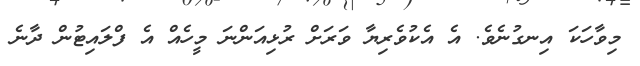
މިވާހަކަ އިނގުނެވެ. އެ އެކުވެރިޔާ ވަރަށް ރުޅިއަންނަ މީހެއް އެ ފްލައިޓުން ދާނެ